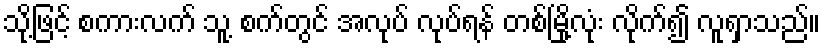
သို့ဖြင့် စကားလက် သူ့ စက်တွင် အလုပ် လုပ်ရန် တစ်မြို့လုံး လိုက်၍ လူရှာသည်။